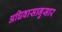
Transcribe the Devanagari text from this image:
अधिवासानुसार